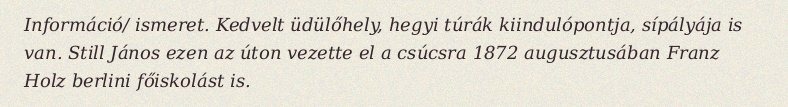
Információ/ ismeret. Kedvelt üdülőhely, hegyi túrák kiindulópontja, sípályája is van. Still János ezen az úton vezette el a csúcsra 1872 augusztusában Franz Holz berlini főiskolást is.